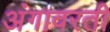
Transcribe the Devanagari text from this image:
अंगावरती